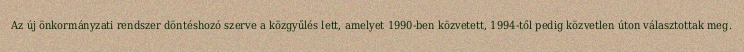
Az új önkormányzati rendszer döntéshozó szerve a közgyűlés lett, amelyet 1990-ben közvetett, 1994-től pedig közvetlen úton választottak meg.